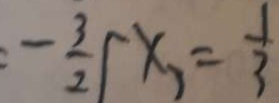
- \frac { 3 } { 2 } x _ { 1 } = \frac { 1 } { 3 }